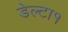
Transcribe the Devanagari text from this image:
डेल्टा१